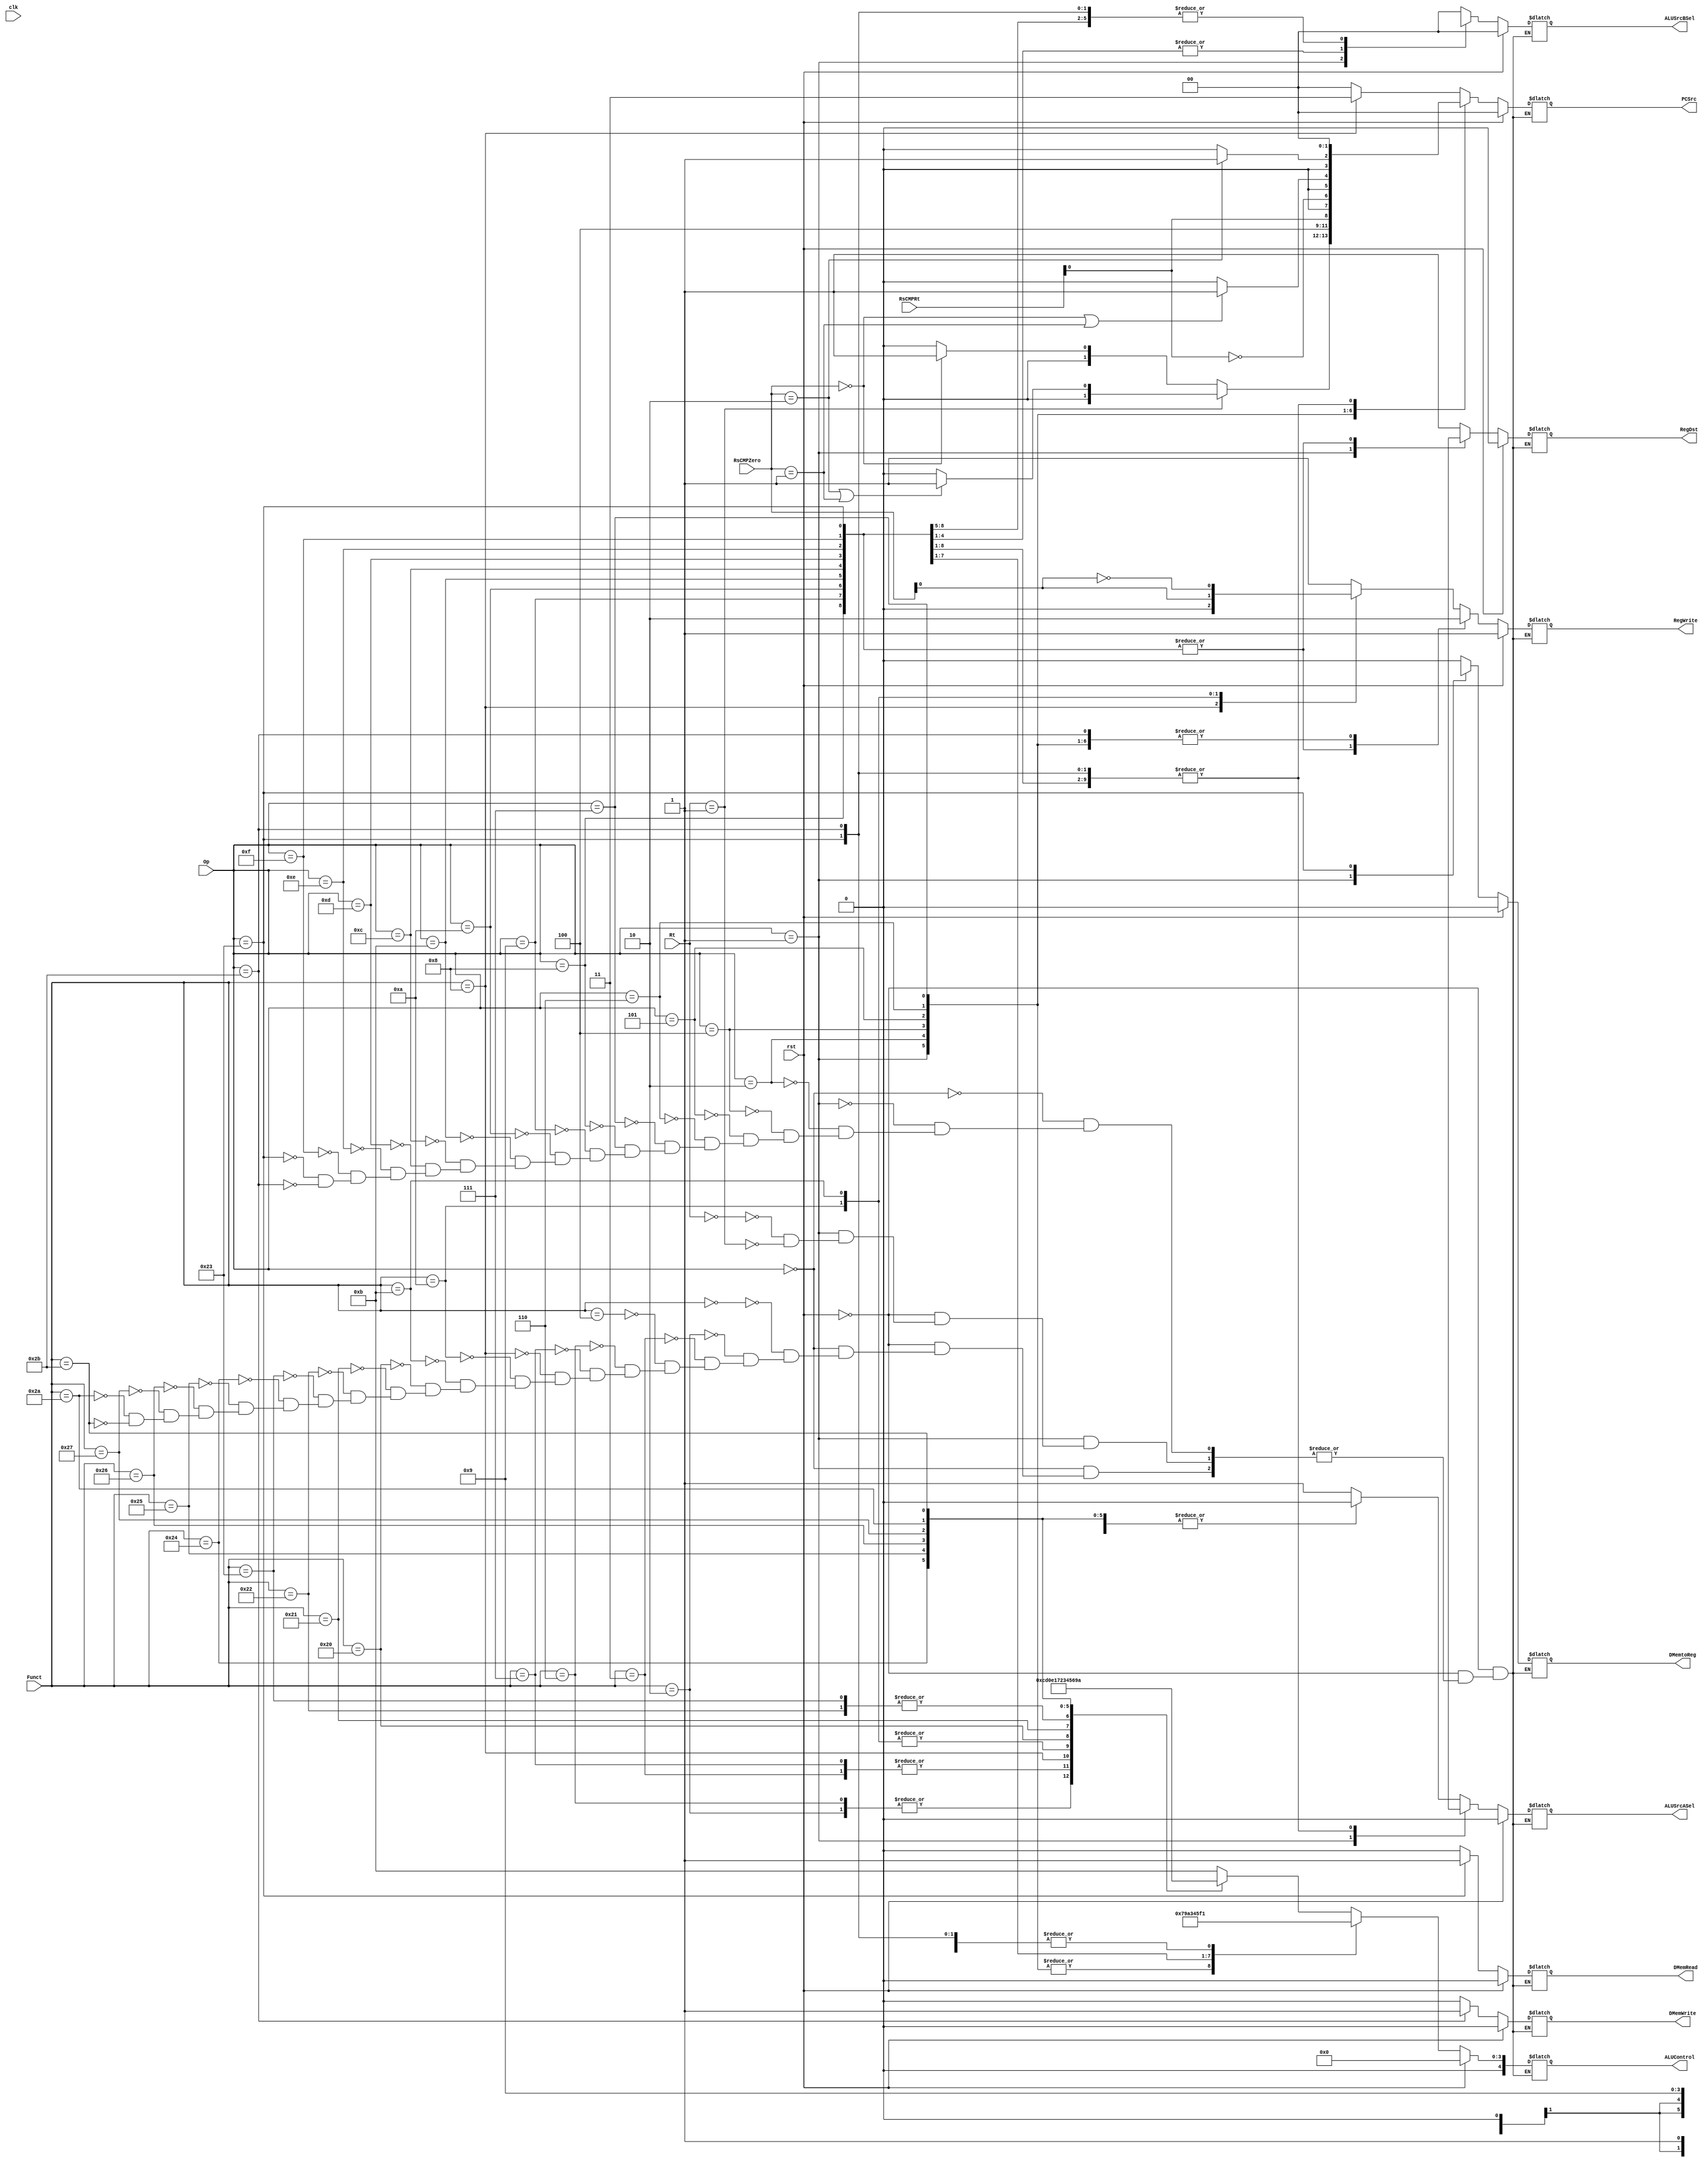
`timescale 1ns / 1ps
//////////////////////////////////////////////////////////////////////////////////
// Company: 
// Engineer: 
// 
// Design Name: 
// Module Name:    control 
// Project Name: 
// Target Devices: 
// Tool versions: 
// Description: 
//
// Dependencies: 
//
// Revision: 
// Revision 0.01 - File Created
// Additional Comments: 
//
//////////////////////////////////////////////////////////////////////////////////
`define A_NOP 5'd00 //nop
`define A_ADD 5'd01 //signed_add
`define A_SUB 5'd02 //signed_sub
`define A_AND 5'd03 //and
`define A_OR  5'd04 //or
`define A_XOR 5'd05 //xor
`define A_NOR 5'd06 //nor
`define A_ADDU 5'd07 //unsigned_add
`define A_SUBU 5'd08 //unsigned_sub
`define A_SLT 5'd09 //slt
`define A_SLTU 5'd10 //unsigned_slt
`define A_SLL 5'd11 //sll
`define A_SRL 5'd12 //srl
`define A_SRA 5'd13 //sra
`define A_MOV 5'd14 //movz,movn
`define A_LUI 5'd15 //lui
`define LESS 2'b00
`define EQUAL 2'b01
`define GREATER 2'b10

module control(
	input clk,rst,
	input [5:0] Op, //instr[31:26]
	input [4:0] Rt, //instr[20:16]

	input [5:0] Funct,//instr[5:0]
	input [1:0] RsCMPRt,
	input [1:0] RsCMPZero,
	output reg [1:0] PCSrc, //0:+4,1:Branch,2:J,3:JR
	//ID
	output reg RegDst,//0:RegWtaddr=rt,1:RegWtaddr=rd
	//EX
	output reg ALUSrcASel,//0:RegRdout1,1:ShamtZeroExtended
	output reg [1:0] ALUSrcBSel, //0:RegRdout2,1:IMMSignExtended,2:IMMZeroExtended
	output reg [4:0] ALUControl,
	//MEM
	output reg DMemRead,//1:En
	output reg DMemWrite,//1:En
	//WB
	output reg DMemtoReg,//0:Aluout,1:DMemout
	output reg RegWrite//1:En
	//output [3:0] tcstate
    );
	
	//reg [3:0] cstate;
	//reg [3:0] nstate;
	reg [1:0] tmpsrc;
	
	//assign tcstate=cstate;
	/*
	always @(posedge clk or posedge rst)
		if(rst) cstate <= 4'd15;
		else cstate <= nstate;
	
	always @(*)
		case(cstate)
			4'd15://reset
				nstate = 4'd0;
			4'd0://normal 
				nstate = 4'd0;
		endcase	*/

	//x,0
	//		
	//always @(negedge clk or posedge rst)//
	always @(*)
	begin
	if(rst) 
		begin
			{{PCSrc},{RegDst},{ALUSrcASel},{ALUSrcBSel},{ALUControl},{DMemRead},{DMemWrite},{DMemtoReg},{RegWrite}}={{6'b00_0_0_00},{`A_NOP},{4'b0001}};
		end
	else
		//case(nstate)
			//4'd0://normal 
				case(Op)
					6'b000000: //R-Type
						case(Funct)
							//SLLrs rt rd shamt0nopnop
							6'b000000: //SLL,Alu_aShamt,ALUSrcASel=1
								{{PCSrc},{RegDst},{ALUSrcASel},{ALUSrcBSel},{ALUControl},{DMemRead},{DMemWrite},{DMemtoReg},{RegWrite}}={{6'b00_1_1_00},{`A_SLL},{4'b0001}};
							//6'b000001: //MOVCI
							6'b000010: //SRL
								{{PCSrc},{RegDst},{ALUSrcASel},{ALUSrcBSel},{ALUControl},{DMemRead},{DMemWrite},{DMemtoReg},{RegWrite}}={{6'b00_1_1_00},{`A_SRL},{4'b0001}};
							6'b000011: //SRA
								{{PCSrc},{RegDst},{ALUSrcASel},{ALUSrcBSel},{ALUControl},{DMemRead},{DMemWrite},{DMemtoReg},{RegWrite}}={{6'b00_1_1_00},{`A_SRA},{4'b0001}};
							6'b000100: //SLLVAlu_areg[rs],ALUSrcASel=0
								{{PCSrc},{RegDst},{ALUSrcASel},{ALUSrcBSel},{ALUControl},{DMemRead},{DMemWrite},{DMemtoReg},{RegWrite}}={{6'b00_1_0_00},{`A_SLL},{4'b0001}};
							//6'b000101: //*
							6'b000110: //SRLV
								{{PCSrc},{RegDst},{ALUSrcASel},{ALUSrcBSel},{ALUControl},{DMemRead},{DMemWrite},{DMemtoReg},{RegWrite}}={{6'b00_1_0_00},{`A_SRL},{4'b0001}};
							6'b000111: //SRAV
								{{PCSrc},{RegDst},{ALUSrcASel},{ALUSrcBSel},{ALUControl},{DMemRead},{DMemWrite},{DMemtoReg},{RegWrite}}={{6'b00_1_0_00},{`A_SRA},{4'b0001}};
							6'b001000: //JR
								{{PCSrc},{RegDst},{ALUSrcASel},{ALUSrcBSel},{ALUControl},{DMemRead},{DMemWrite},{DMemtoReg},{RegWrite}}={{6'b11_z_z_zz},{`A_NOP},{4'b00z0}};
							//6'b001001: //JALR
							
							6'b001010: //MOVZ, reg[rs]=0  reg[rd]=reg[rt],RsCMPZero=01, RegWrite=RsCMPZero[0]
								{{PCSrc},{RegDst},{ALUSrcASel},{ALUSrcBSel},{ALUControl},{DMemRead},{DMemWrite},{DMemtoReg},{RegWrite}}={{6'b00_1_0_00},{`A_MOV},{3'b000},{RsCMPZero[0]}};
							6'b001011: //MOVN, reg[rs]!=0  reg[rd]=reg[rt],RsCMPZero=0010, RegWrite=~RsCMPZero[0]
								{{PCSrc},{RegDst},{ALUSrcASel},{ALUSrcBSel},{ALUControl},{DMemRead},{DMemWrite},{DMemtoReg},{RegWrite}}={{6'b00_1_0_00},{`A_MOV},{3'b000},{~RsCMPZero[0]}};
							//6'b001100: //SYSCALL
							//6'b001101: //BREAK
							//6'b001110: //*
							//6'b001111: //SYNC
							//6'b010000: //MFHI
							//6'b010001: //MTHI
							//6'b010010: //MFLO
							//6'b010011: //MTLO
							//6'b010100: //DSLLV
							//6'b010101: //*
							//6'b010110: //DSRLV
							//6'b010111: //DSRAV
							//6'b011000: //MULT
							//6'b011001: //MULTU
							//6'b011010: //DIV
							//6'b011011: //DIVU
							//6'b011100: //DMULT
							//6'b011101: //DMULTU
							//6'b011110: //DDIV
							//6'b011111: //DDIVU
							6'b100000: //ADD
								{{PCSrc},{RegDst},{ALUSrcASel},{ALUSrcBSel},{ALUControl},{DMemRead},{DMemWrite},{DMemtoReg},{RegWrite}}={{6'b00_1_0_00},{`A_ADD},{4'b0001}};
							6'b100001: //ADDU
								{{PCSrc},{RegDst},{ALUSrcASel},{ALUSrcBSel},{ALUControl},{DMemRead},{DMemWrite},{DMemtoReg},{RegWrite}}={{6'b00_1_0_00},{`A_ADDU},{4'b0001}};
							6'b100010: //SUB
								{{PCSrc},{RegDst},{ALUSrcASel},{ALUSrcBSel},{ALUControl},{DMemRead},{DMemWrite},{DMemtoReg},{RegWrite}}={{6'b00_1_0_00},{`A_SUB},{4'b0001}};
							6'b100011: //SUBU
								{{PCSrc},{RegDst},{ALUSrcASel},{ALUSrcBSel},{ALUControl},{DMemRead},{DMemWrite},{DMemtoReg},{RegWrite}}={{6'b00_1_0_00},{`A_SUB},{4'b0001}};
							6'b100100: //AND
								{{PCSrc},{RegDst},{ALUSrcASel},{ALUSrcBSel},{ALUControl},{DMemRead},{DMemWrite},{DMemtoReg},{RegWrite}}={{6'b00_1_0_00},{`A_AND},{4'b0001}};
							6'b100101: //OR
								{{PCSrc},{RegDst},{ALUSrcASel},{ALUSrcBSel},{ALUControl},{DMemRead},{DMemWrite},{DMemtoReg},{RegWrite}}={{6'b00_1_0_00},{`A_OR},{4'b0001}};
							6'b100110: //XOR
								{{PCSrc},{RegDst},{ALUSrcASel},{ALUSrcBSel},{ALUControl},{DMemRead},{DMemWrite},{DMemtoReg},{RegWrite}}={{6'b00_1_0_00},{`A_XOR},{4'b0001}};
							6'b100111: //NOR
								{{PCSrc},{RegDst},{ALUSrcASel},{ALUSrcBSel},{ALUControl},{DMemRead},{DMemWrite},{DMemtoReg},{RegWrite}}={{6'b00_1_0_00},{`A_NOR},{4'b0001}};
							//6'b101000: //*
							//6'b101001: //*
							6'b101010: //SLT
								{{PCSrc},{RegDst},{ALUSrcASel},{ALUSrcBSel},{ALUControl},{DMemRead},{DMemWrite},{DMemtoReg},{RegWrite}}={{6'b00_1_0_00},{`A_SLT},{4'b0001}};
							6'b101011: //SLTU
								{{PCSrc},{RegDst},{ALUSrcASel},{ALUSrcBSel},{ALUControl},{DMemRead},{DMemWrite},{DMemtoReg},{RegWrite}}={{6'b00_1_0_00},{`A_SLTU},{4'b0001}};
							//6'b101100: //DADD
							//6'b101101: //DADDU
							//6'b101110: //DSUB
							//6'b101111: //DSUBU
							//6'b110000: //TGE
							//6'b110001: //TGEU
							//6'b110010: //TLT
							//6'b110011: //TLTU
							//6'b110100: //TEQ
							//6'b110101: //*
							//6'b110110: //TNE
							//6'b110111: //*
							//6'b111000: //DSLL
							//6'b111001: //*
							//6'b111010: //DSRL
							//6'b111011: //DSRA
							//6'b111100: //DSLL32
							//6'b111101: //*
							//6'b111110: //DSRL32
							//6'b111111: //DSRA32
						endcase
					6'b000001: 
						case(Rt)
							6'b00000: //BLTZ,Reg[rs]<0
							begin
								if(RsCMPZero == `LESS) tmpsrc = 2'b01; else tmpsrc = 2'b00;
								{{PCSrc},{RegDst},{ALUSrcASel},{ALUSrcBSel},{ALUControl},{DMemRead},{DMemWrite},{DMemtoReg},{RegWrite}}={{tmpsrc},{4'bz_z_zz},{`A_NOP},{4'b00z0}};
							end
							6'b00001: //BGEZ,Reg[rs]>=0
							begin
								if(RsCMPZero == `GREATER || RsCMPZero == `EQUAL) tmpsrc = 2'b01; else tmpsrc = 2'b00;
								{{PCSrc},{RegDst},{ALUSrcASel},{ALUSrcBSel},{ALUControl},{DMemRead},{DMemWrite},{DMemtoReg},{RegWrite}}={{tmpsrc},{4'bz_z_zz},{`A_NOP},{4'b00z0}};
							end
							//6'b00010: //BLTZL
							//6'b00011: //BGEZL
							//6'b10000: //BLTZAL
							//6'b10001: //BGEZAL
							//6'b10010: //BLTZALL
							//6'b10011: //BGEZALL
						endcase
					6'b000010: //J,
						{{PCSrc},{RegDst},{ALUSrcASel},{ALUSrcBSel},{ALUControl},{DMemRead},{DMemWrite},{DMemtoReg},{RegWrite}}={{6'b10_z_z_zz},{`A_NOP},{4'b00z0}};
					//6'b000011: //JAL
					6'b000100: //BEQ,Reg[rs]==Reg[rt],RsCMPRt=01(==),PCSrc=01PCSrc=00()
						{{PCSrc},{RegDst},{ALUSrcASel},{ALUSrcBSel},{ALUControl},{DMemRead},{DMemWrite},{DMemtoReg},{RegWrite}}={{{1'b0},{RsCMPRt[0]}},{4'bz_z_zz},{`A_NOP},{4'b00z0}};
					6'b000101: //BNE,Reg[rs]!=Reg[rt],RsCMPRt=00(<)10(>),PCSrc=01PCSrc=00()
						{{PCSrc},{RegDst},{ALUSrcASel},{ALUSrcBSel},{ALUControl},{DMemRead},{DMemWrite},{DMemtoReg},{RegWrite}}={{{1'b0},{~RsCMPRt[0]}},{4'bz_z_zz},{`A_NOP},{4'b00z0}};
					6'b000110: //BLEZ,Reg[rs]<=0
						begin
						if(RsCMPZero == `LESS || RsCMPZero == `EQUAL) tmpsrc = 2'b01; else tmpsrc = 2'b00;
						{{PCSrc},{RegDst},{ALUSrcASel},{ALUSrcBSel},{ALUControl},{DMemRead},{DMemWrite},{DMemtoReg},{RegWrite}}={{tmpsrc},{4'bz_z_zz},{`A_NOP},{4'b00z0}};
						end
					6'b000111: //BGTZ,Reg[rs]>0
						begin
						if(RsCMPZero == `GREATER) tmpsrc = 2'b01; else tmpsrc = 2'b00;
						{{PCSrc},{RegDst},{ALUSrcASel},{ALUSrcBSel},{ALUControl},{DMemRead},{DMemWrite},{DMemtoReg},{RegWrite}}={{tmpsrc},{4'bz_z_zz},{`A_NOP},{4'b00z0}};
						end
					6'b001000: //ADDI,RegDst=0,AluBSrcSel=01(IMMSignExtended),
						{{PCSrc},{RegDst},{ALUSrcASel},{ALUSrcBSel},{ALUControl},{DMemRead},{DMemWrite},{DMemtoReg},{RegWrite}}={{6'b00_0_0_01},{`A_ADD},{4'b0001}};
					6'b001001: //ADDIU
						{{PCSrc},{RegDst},{ALUSrcASel},{ALUSrcBSel},{ALUControl},{DMemRead},{DMemWrite},{DMemtoReg},{RegWrite}}={{6'b00_0_0_01},{`A_ADDU},{4'b0001}};
					6'b001010: //SLTI
						{{PCSrc},{RegDst},{ALUSrcASel},{ALUSrcBSel},{ALUControl},{DMemRead},{DMemWrite},{DMemtoReg},{RegWrite}}={{6'b00_0_0_01},{`A_SLT},{4'b0001}};
					6'b001011: //SLTIU
						{{PCSrc},{RegDst},{ALUSrcASel},{ALUSrcBSel},{ALUControl},{DMemRead},{DMemWrite},{DMemtoReg},{RegWrite}}={{6'b00_0_0_01},{`A_SLTU},{4'b0001}};
					6'b001100: //ANDI,RegDst=0,AluBSrcSel=10(IMMZeroExtended),
						{{PCSrc},{RegDst},{ALUSrcASel},{ALUSrcBSel},{ALUControl},{DMemRead},{DMemWrite},{DMemtoReg},{RegWrite}}={{6'b00_0_0_10},{`A_AND},{4'b0001}};
					6'b001101: //ORI
						{{PCSrc},{RegDst},{ALUSrcASel},{ALUSrcBSel},{ALUControl},{DMemRead},{DMemWrite},{DMemtoReg},{RegWrite}}={{6'b00_0_0_10},{`A_OR},{4'b0001}};
					6'b001110: //XORI
						{{PCSrc},{RegDst},{ALUSrcASel},{ALUSrcBSel},{ALUControl},{DMemRead},{DMemWrite},{DMemtoReg},{RegWrite}}={{6'b00_0_0_10},{`A_XOR},{4'b0001}};
					6'b001111: //LUI
						{{PCSrc},{RegDst},{ALUSrcASel},{ALUSrcBSel},{ALUControl},{DMemRead},{DMemWrite},{DMemtoReg},{RegWrite}}={{6'b00_0_0_10},{`A_LUI},{4'b0001}};
					//6'b010000: //COP0
					//6'b010001: //COP1
					//6'b010010: //COP2
					//6'b010011: //COP1X
					//6'b010100: //BEQL
					//6'b010101: //BNEL
					//6'b010110: //BLEZL
					//6'b010111: //BGTZL
					//6'b011000: //DADDI
					//6'b011001: //DADDIU
					//6'b011010: //LDL
					//6'b011011: //LDR
					//6'b011100: //?
					//6'b011101: //*
					//6'b011110: //*
					//6'b011111: //*
					//6'b100000: //LB
					//6'b100001: //LH
					//6'b100010: //LWL
					6'b100011: //LW,RegDst=0(Reg[rt]),AluBSrcSel=01(IMMSignExtended),DMemtoReg=1(DMem),
						{{PCSrc},{RegDst},{ALUSrcASel},{ALUSrcBSel},{ALUControl},{DMemRead},{DMemWrite},{DMemtoReg},{RegWrite}}={{6'b00_0_0_01},{`A_ADD},{4'b1011}};
					//6'b100100: //LBU
					//6'b100101: //LHU
					//6'b100110: //LWR
					//6'b100111: //LWU
					//6'b101000: //SB
					//6'b101001: //SH
					//6'b101010: //SWL
					6'b101011: //SW,RegDst=x(Reg),AluBSrcSel=01(IMMSignExtended)
						{{PCSrc},{RegDst},{ALUSrcASel},{ALUSrcBSel},{ALUControl},{DMemRead},{DMemWrite},{DMemtoReg},{RegWrite}}={{6'b00_z_0_01},{`A_ADD},{4'b01z0}};
					//6'b101100: //SDL
					//6'b101101: //SDR
					//6'b101110: //SWR
					//6'b101111: //?
					//6'b110000: //LL
					//6'b110001: //LWC1
					//6'b110010: //LWC2
					//6'b110011: //PREF
					//6'b110100: //LLD
					//6'b110101: //LDC1
					//6'b110110: //LDC2
					//6'b110111: //LD
					//6'b111000: //SC
					//6'b111001: //SWC1
					//6'b111010: //SWC2
					//6'b111011: //?
					//6'b111100: //SCD
					//6'b111101: //SDC1
					//6'b111110: //SDC2
					//6'b111111: //SD
					default: ;
				endcase		
		//endcase
	end
endmodule